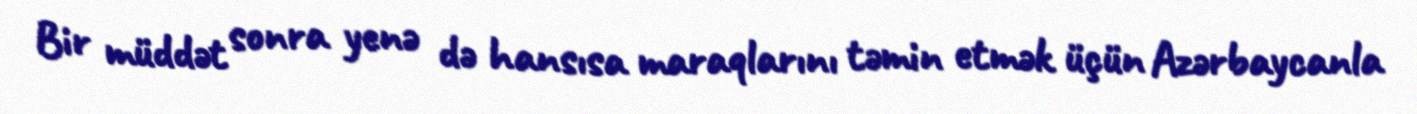
Bir müddət sonra yenə də hansısa maraqlarını təmin etmək üçün Azərbaycanla